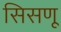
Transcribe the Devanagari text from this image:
सिसणू